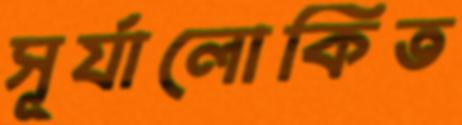
সূর্যালোকিত